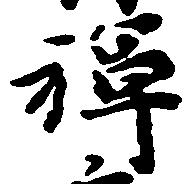
禅